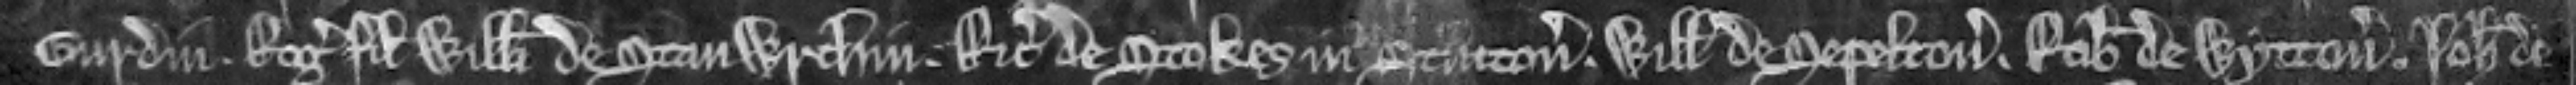
Gurdin. Rogerus filius Willelmi de Stanwrthin. Ricardus de Stokes in Stutton. Willelmus de Sepelton. Robertus de Wytton. Johannes de